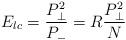
LaTeX: \begin{align*}E_{lc} ={P_{\perp}^2 \over P_-} =R{P_{\perp}^2 \over N}\end{align*}